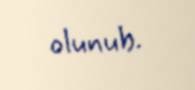
olunub.